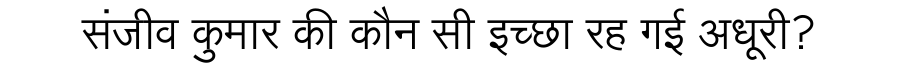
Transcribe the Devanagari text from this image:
संजीव कुमार की कौन सी इच्छा रह गई अधूरी?